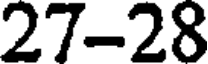
27-28